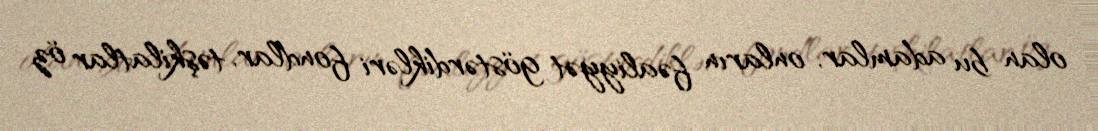
olan bu adamlar, onların fəaliyyət göstərdikləri fondlar, təşkilatlar öz